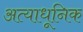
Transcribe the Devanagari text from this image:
अत्याधूनिक